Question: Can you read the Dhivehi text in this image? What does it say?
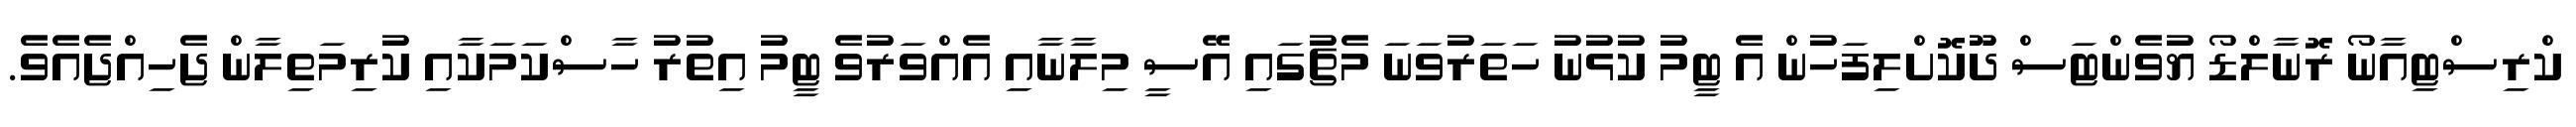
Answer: ކްރިސްޓިއާނޯ ރޮނާލްޑޯ ޔުވެންޓަސް ދޫކޮށްލިފަހުން އެ ޓީމު ކުޅުނު ހަތަރުވަނަ މެޗުގައި އޭސީ މިލާނާއި އެއްވަރުވެ ޓީމު އިތުރު ހާސްކަމަކާއި ކުރިމަތިލާން ޖެހިއްޖެއެވެ.